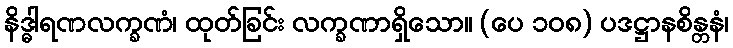
နိဒ္ဓါရဏလက္ခဏံ၊ ထုတ်ခြင်း လက္ခဏာရှိသော။ (ပေ ၁၀၈) ပဒဋ္ဌာနစိန္တနံ၊